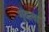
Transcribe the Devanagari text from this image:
गुंदला